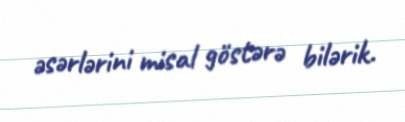
əsərlərini misal göstərə bilərik.